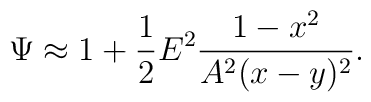
\Psi \approx  1+ \frac{1}{2}  E^2 \frac{1-x^2}{A^2(x-y)^2}.